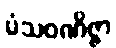
မံသဝဏိဇ္ဇာ